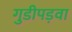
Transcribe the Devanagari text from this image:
गुडीपड़वा